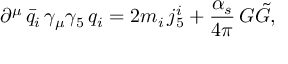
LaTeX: \partial ^ { \mu } \, \bar { q } _ { i } \, \gamma _ { \mu } \gamma _ { 5 } \, q _ { i } = 2 m _ { i } \, j _ { 5 } ^ { i } + \frac { \alpha _ { s } } { 4 \pi } \, G \tilde { G } ,